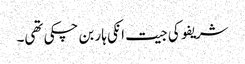
شریفو کی جیت انکی ہار بن چکی تھی۔